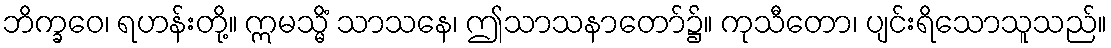
ဘိက္ခဝေ၊ ရဟန်းတို့။ ဣမသ္မိံ သာသနေ၊ ဤသာသနာတော်၌။ ကုသီတော၊ ပျင်းရိသောသူသည်။